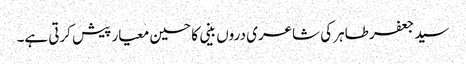
سید جعفر طاہر کی شاعری دروں بینی کا حسین معیار پیش کرتی ہے۔